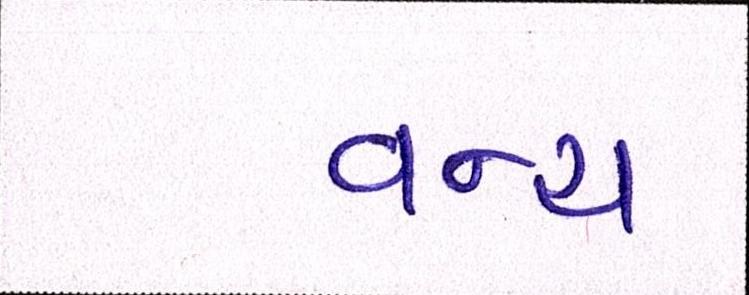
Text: વન્ય